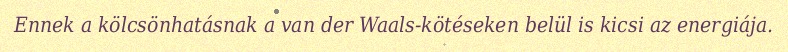
Ennek a kölcsönhatásnak a van der Waals-kötéseken belül is kicsi az energiája.